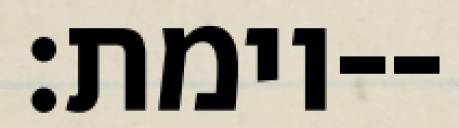
וימת׃--